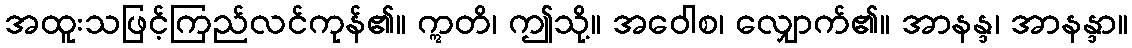
အထူးသဖြင့်ကြည်လင်ကုန်၏။ ဣတိ၊ ဤသို့။ အဝေါစ၊ လျှောက်၏။ အာနန္ဒ၊ အာနန္ဒာ။